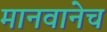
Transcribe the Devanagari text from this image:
मानवानेच